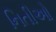
નિતીઓ